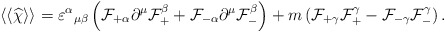
\begin{align*}\langle\langle \widehat\chi \rangle\rangle = {\varepsilon^\alpha}_{\mu\beta} \left( {\cal F}_{+\alpha} \partial^\mu {\cal F}^\beta_+ + {\cal F}_{-\alpha} \partial^\mu {\cal F}^\beta_- \right) + m \left( {\cal F}_{+\gamma} {\cal F}^\gamma_+ - {\cal F}_{-\gamma} {\cal F}^\gamma_- \right). \end{align*}